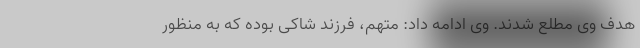
هدف وی مطلع شدند. وی ادامه داد: متهم، فرزند شاکی بوده که به منظور